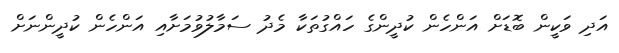
އަދި ވަކީން ބޮޑަށް އަންހެން ކުދީންގެ ހައްގުތަކާ މެދު ސަމާލުވުމަށާއި އަންހެން ކުދީންނަށް